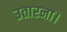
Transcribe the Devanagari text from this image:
उतारना।